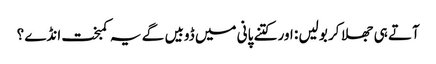
آتے ہی جھلا کر بولیں : اور کتنے پانی میں ڈوبیں گے یہ کمبخت انڈے ؟